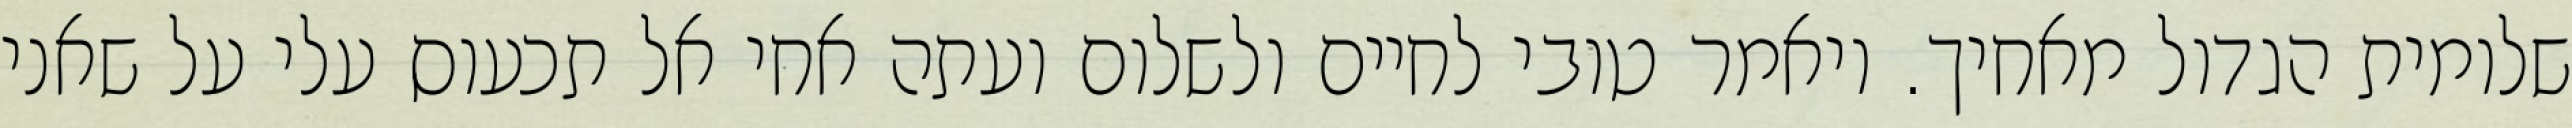
שלומית הגדול מאחיך. ויאמר טובי לחיים ולשלום ועתה אחי אל תכעוס עלי על שאני